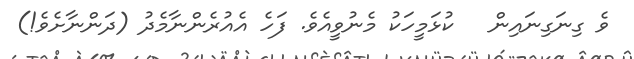
ވެ ގިނަގިނައިން   ކުޅަމީހަކު މެނުވީއެވެ. ފަހެ އެއުރެންނާމެދު (ދަންނާށެވެ!)